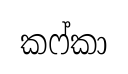
කෆ්කා